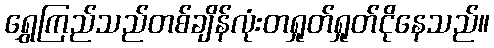
ရွှေကြည်သည်တစ်ချိန်လုံးတရှုတ်ရှုတ်ငိုနေသည်။